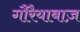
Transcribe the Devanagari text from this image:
गौरैयाबाज़